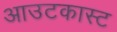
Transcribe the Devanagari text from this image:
आउटकास्ट